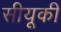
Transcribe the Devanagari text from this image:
सीयूकी